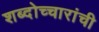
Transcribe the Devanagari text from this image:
शब्दोच्चारांची